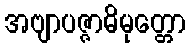
အဗျာပဇ္ဇာဓိမုတ္တော